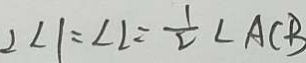
2 \angle 1 = \angle 2 = \frac { 1 } { 2 } \angle A C B